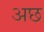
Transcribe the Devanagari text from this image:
अछ